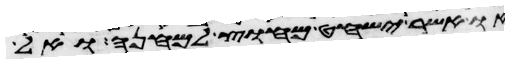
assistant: או אשר ישחט מחוץ למחנה ואל